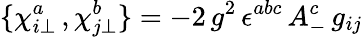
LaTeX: \{ \chi_{i\bot}^{a}\, ,\chi_{j\bot}^{b}\} =-2\, g^{2}\, \epsilon^{abc}\, A_{-}^{c}\, g_{ij}